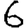
Digit: 6